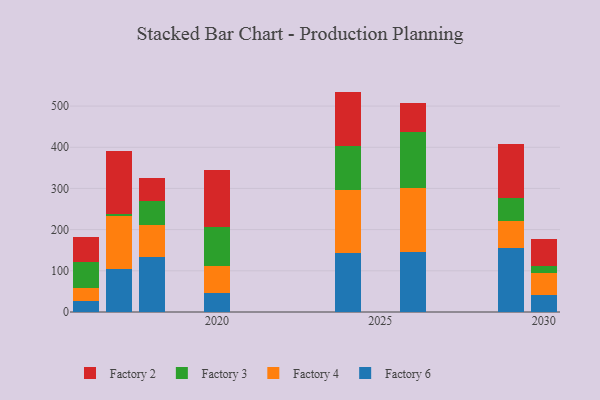
{"axis": {"x": "Year", "y": "Active Users"}, "legend": ["Factory 2", "Factory 3", "Factory 4", "Factory 6"], "data": [{"x": "2017", "y": 104.1, "type": "Factory 6"}, {"x": "2017", "y": 129.0, "type": "Factory 4"}, {"x": "2017", "y": 5.2, "type": "Factory 3"}, {"x": "2017", "y": 151.5, "type": "Factory 2"}, {"x": "2018", "y": 133.9, "type": "Factory 6"}, {"x": "2018", "y": 77.0, "type": "Factory 4"}, {"x": "2018", "y": 59.3, "type": "Factory 3"}, {"x": "2018", "y": 54.1, "type": "Factory 2"}, {"x": "2020", "y": 46.3, "type": "Factory 6"}, {"x": "2020", "y": 64.9, "type": "Factory 4"}, {"x": "2020", "y": 94.6, "type": "Factory 3"}, {"x": "2020", "y": 139.3, "type": "Factory 2"}, {"x": "2016", "y": 25.9, "type": "Factory 6"}, {"x": "2016", "y": 33.2, "type": "Factory 4"}, {"x": "2016", "y": 61.6, "type": "Factory 3"}, {"x": "2016", "y": 60.7, "type": "Factory 2"}, {"x": "2029", "y": 154.4, "type": "Factory 6"}, {"x": "2029", "y": 66.7, "type": "Factory 4"}, {"x": "2029", "y": 55.8, "type": "Factory 3"}, {"x": "2029", "y": 130.4, "type": "Factory 2"}, {"x": "2026", "y": 145.4, "type": "Factory 6"}, {"x": "2026", "y": 155.8, "type": "Factory 4"}, {"x": "2026", "y": 135.3, "type": "Factory 3"}, {"x": "2026", "y": 72.1, "type": "Factory 2"}, {"x": "2024", "y": 143.3, "type": "Factory 6"}, {"x": "2024", "y": 152.6, "type": "Factory 4"}, {"x": "2024", "y": 106.0, "type": "Factory 3"}, {"x": "2024", "y": 133.2, "type": "Factory 2"}, {"x": "2030", "y": 41.8, "type": "Factory 6"}, {"x": "2030", "y": 52.8, "type": "Factory 4"}, {"x": "2030", "y": 16.3, "type": "Factory 3"}, {"x": "2030", "y": 67.1, "type": "Factory 2"}]}